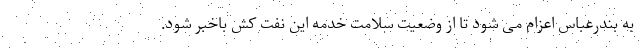
به بندرعباس اعزام می شود تا از وضعیت سلامت خدمه این نفت کش باخبر شود.